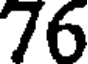
76